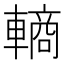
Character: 𬧽